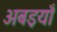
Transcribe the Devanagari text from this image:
अबइयाँ